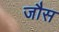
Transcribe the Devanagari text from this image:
जौस